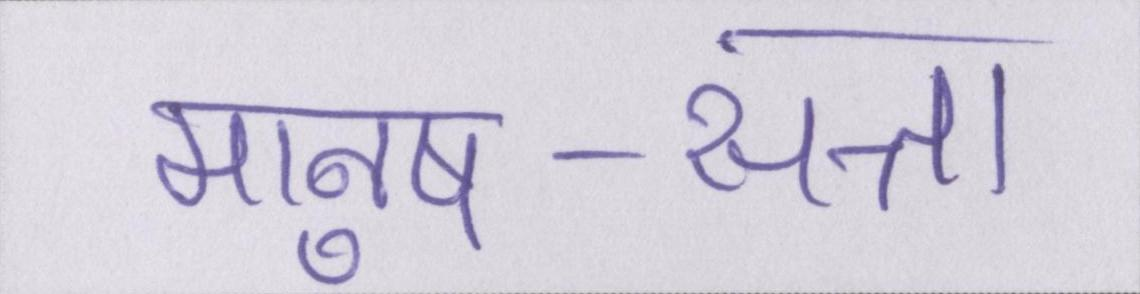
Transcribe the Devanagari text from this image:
मानुष-सत्ता